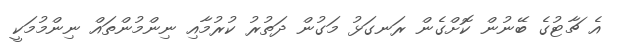
އެ ޗާޓުގެ ބޭނުން ކޮށްގެން ރަނގަޅު މަގުން ދަތުރު ކުރުމާއި ނިންމުންތައް ނިންމުމަކީ